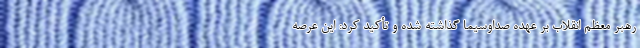
رهبر معظم انقلاب بر عهده صداوسیما گذاشته‌ شده و تأکید کرد: این عرصه